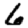
Digit: 6